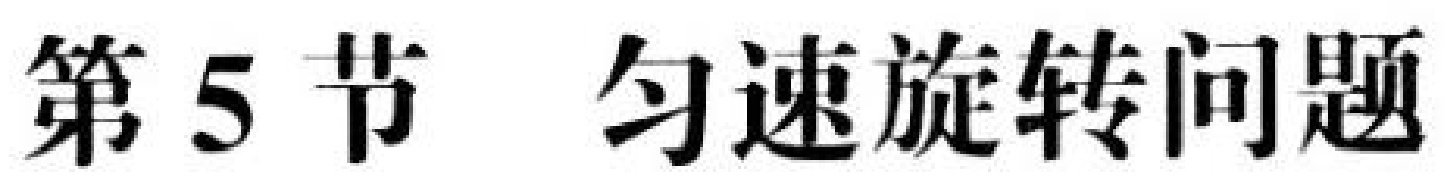
第 5 节 匀速旋转问题